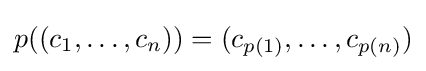
p((c_{1},\ldots ,c_{n}))=(c_{p(1)},\ldots ,c_{p(n)})